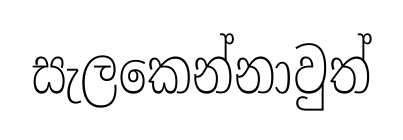
සැලකෙන්නාවුත්